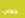
خطابي